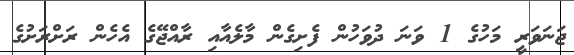
ޖަނަވަރީ މަހުގެ 1 ވަނަ ދުވަހުން ފެށިގެން މާލެއާއި ރާއްޖޭގެ އެހެން ރަށްރަށުގެ